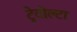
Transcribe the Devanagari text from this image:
ट्रेवोल्टा